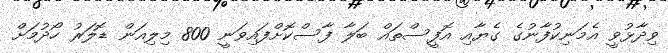
ވިދާޅުވީ އެމަނިކުފާނުގެ ގެޔާއި އޮފީސްތައް ބަލާ ފާސްކޮށްފައިވަނީ 800 މިލިއަން ޑޮލަރު ހޯދުމަށް